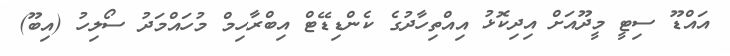
އައްޑޫ ސިޓީ މީދޫއަށް އިދިކޮޅު އިއްތިހާދުގެ ކެންޑިޑޭޓް އިބްރާހިމް މުހައްމަދު ސޯލިހު (އިބޫ)